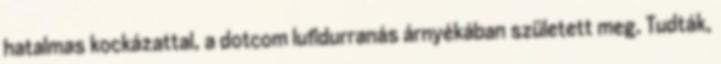
hatalmas kockázattal, a dotcom lufidurranás árnyékában született meg. Tudták,